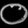
Digit: ၀